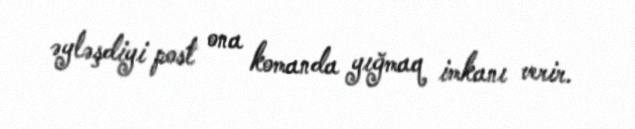
əyləşdiyi post ona komanda yığmaq imkanı verir.